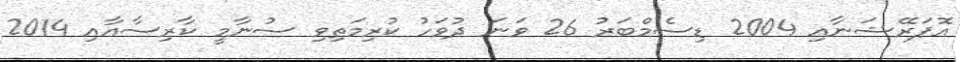
އޮޕަރޭޝަނާއި 2004 ޑިސެމްބަރު 26 ވަނަ ދުވަހު ކުރިމަތިވި ސުނާމީ ކާރިސާއާއި 2014